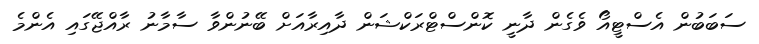
ސަބަބުން އެސްޓީއޯ ވެގެން ދާނީ ކޮންސްޓްރަކްޝަން ދާއިރާއަށް ބޭނުންވާ ސާމާނު ރާއްޖޭގައި އެންމެ